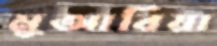
মুআবিয়া